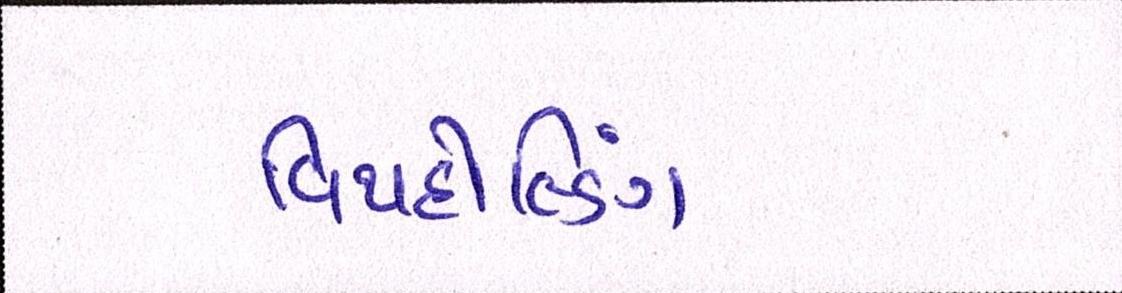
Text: વિથહોલ્ડિંગ